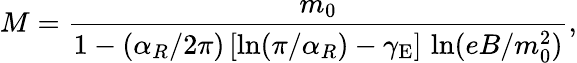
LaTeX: M=\frac{m_{0}}{1-(\alpha_{R}/2\pi)\, [\ln(\pi/\alpha_{R})-\gamma_{\mathrm{E}}]\, \ln(eB/m_{0}^{2})},